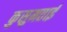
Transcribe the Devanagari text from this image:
कुसुमताई